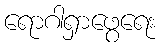
ရောဂါရှာဖွေရေး